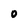
Character: O